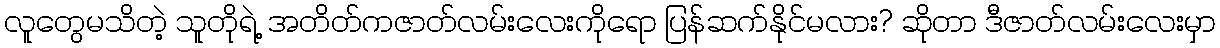
လူတွေမသိတဲ့ သူတိုရဲ့ အတိတ်ကဇာတ်လမ်းလေးကိုရော ပြန်ဆက်နိုင်မလား? ဆိုတာ ဒီဇာတ်လမ်းလေးမှာ